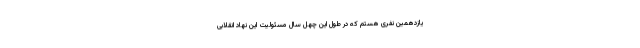
یازدهمین نفری هستم که در طول این چهل سال مسئولیت این نهاد انقلابی